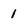
Character: 1